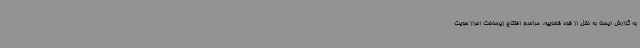
به گزارش ایسنا به نقل از قوه قضاییه، مراسم افتتاح زیرساخت احراز هویت